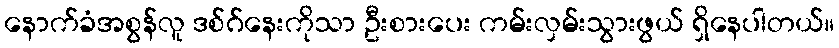
နောက်ခံအစွန်လူ ဒစ်ဂ်နေးကိုသာ ဦးစားပေး ကမ်းလှမ်းသွားဖွယ် ရှိနေပါတယ်။